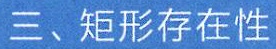
三、矩形存在性